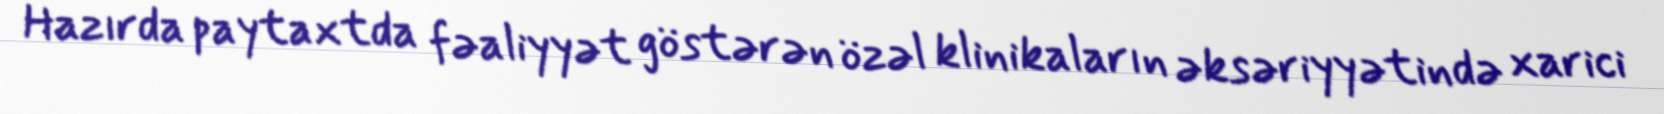
Hazırda paytaxtda fəaliyyət göstərən özəl klinikaların əksəriyyətində xarici